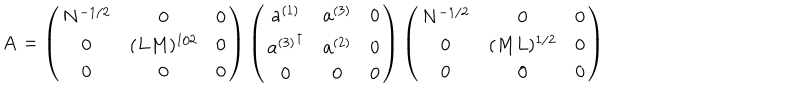
{ \bf A } = \left( \begin{matrix} { { N ^ { - 1 / 2 } } } & { { 0 } } & { { 0 } } \\ { { 0 } } & { { ( L M ) ^ { 1 / 2 } } } & { { 0 } } \\ { { 0 } } & { { 0 } } & { { 0 } } \\ \end{matrix} \right) \left( \begin{matrix} { { { \bf a } ^ { ( 1 ) } } } & { { { \bf a } ^ { ( 3 ) } } } & { { 0 } } \\ { { { { \bf a } ^ { ( 3 ) } } ^ { \dagger } } } & { { { \bf a } ^ { ( 2 ) } } } & { { 0 } } \\ { { 0 } } & { { 0 } } & { { 0 } } \\ \end{matrix} \right) \left( \begin{matrix} { { N ^ { - 1 / 2 } } } & { { 0 } } & { { 0 } } \\ { { 0 } } & { { ( M L ) ^ { 1 / 2 } } } & { { 0 } } \\ { { 0 } } & { { 0 } } & { { 0 } } \\ \end{matrix} \right)